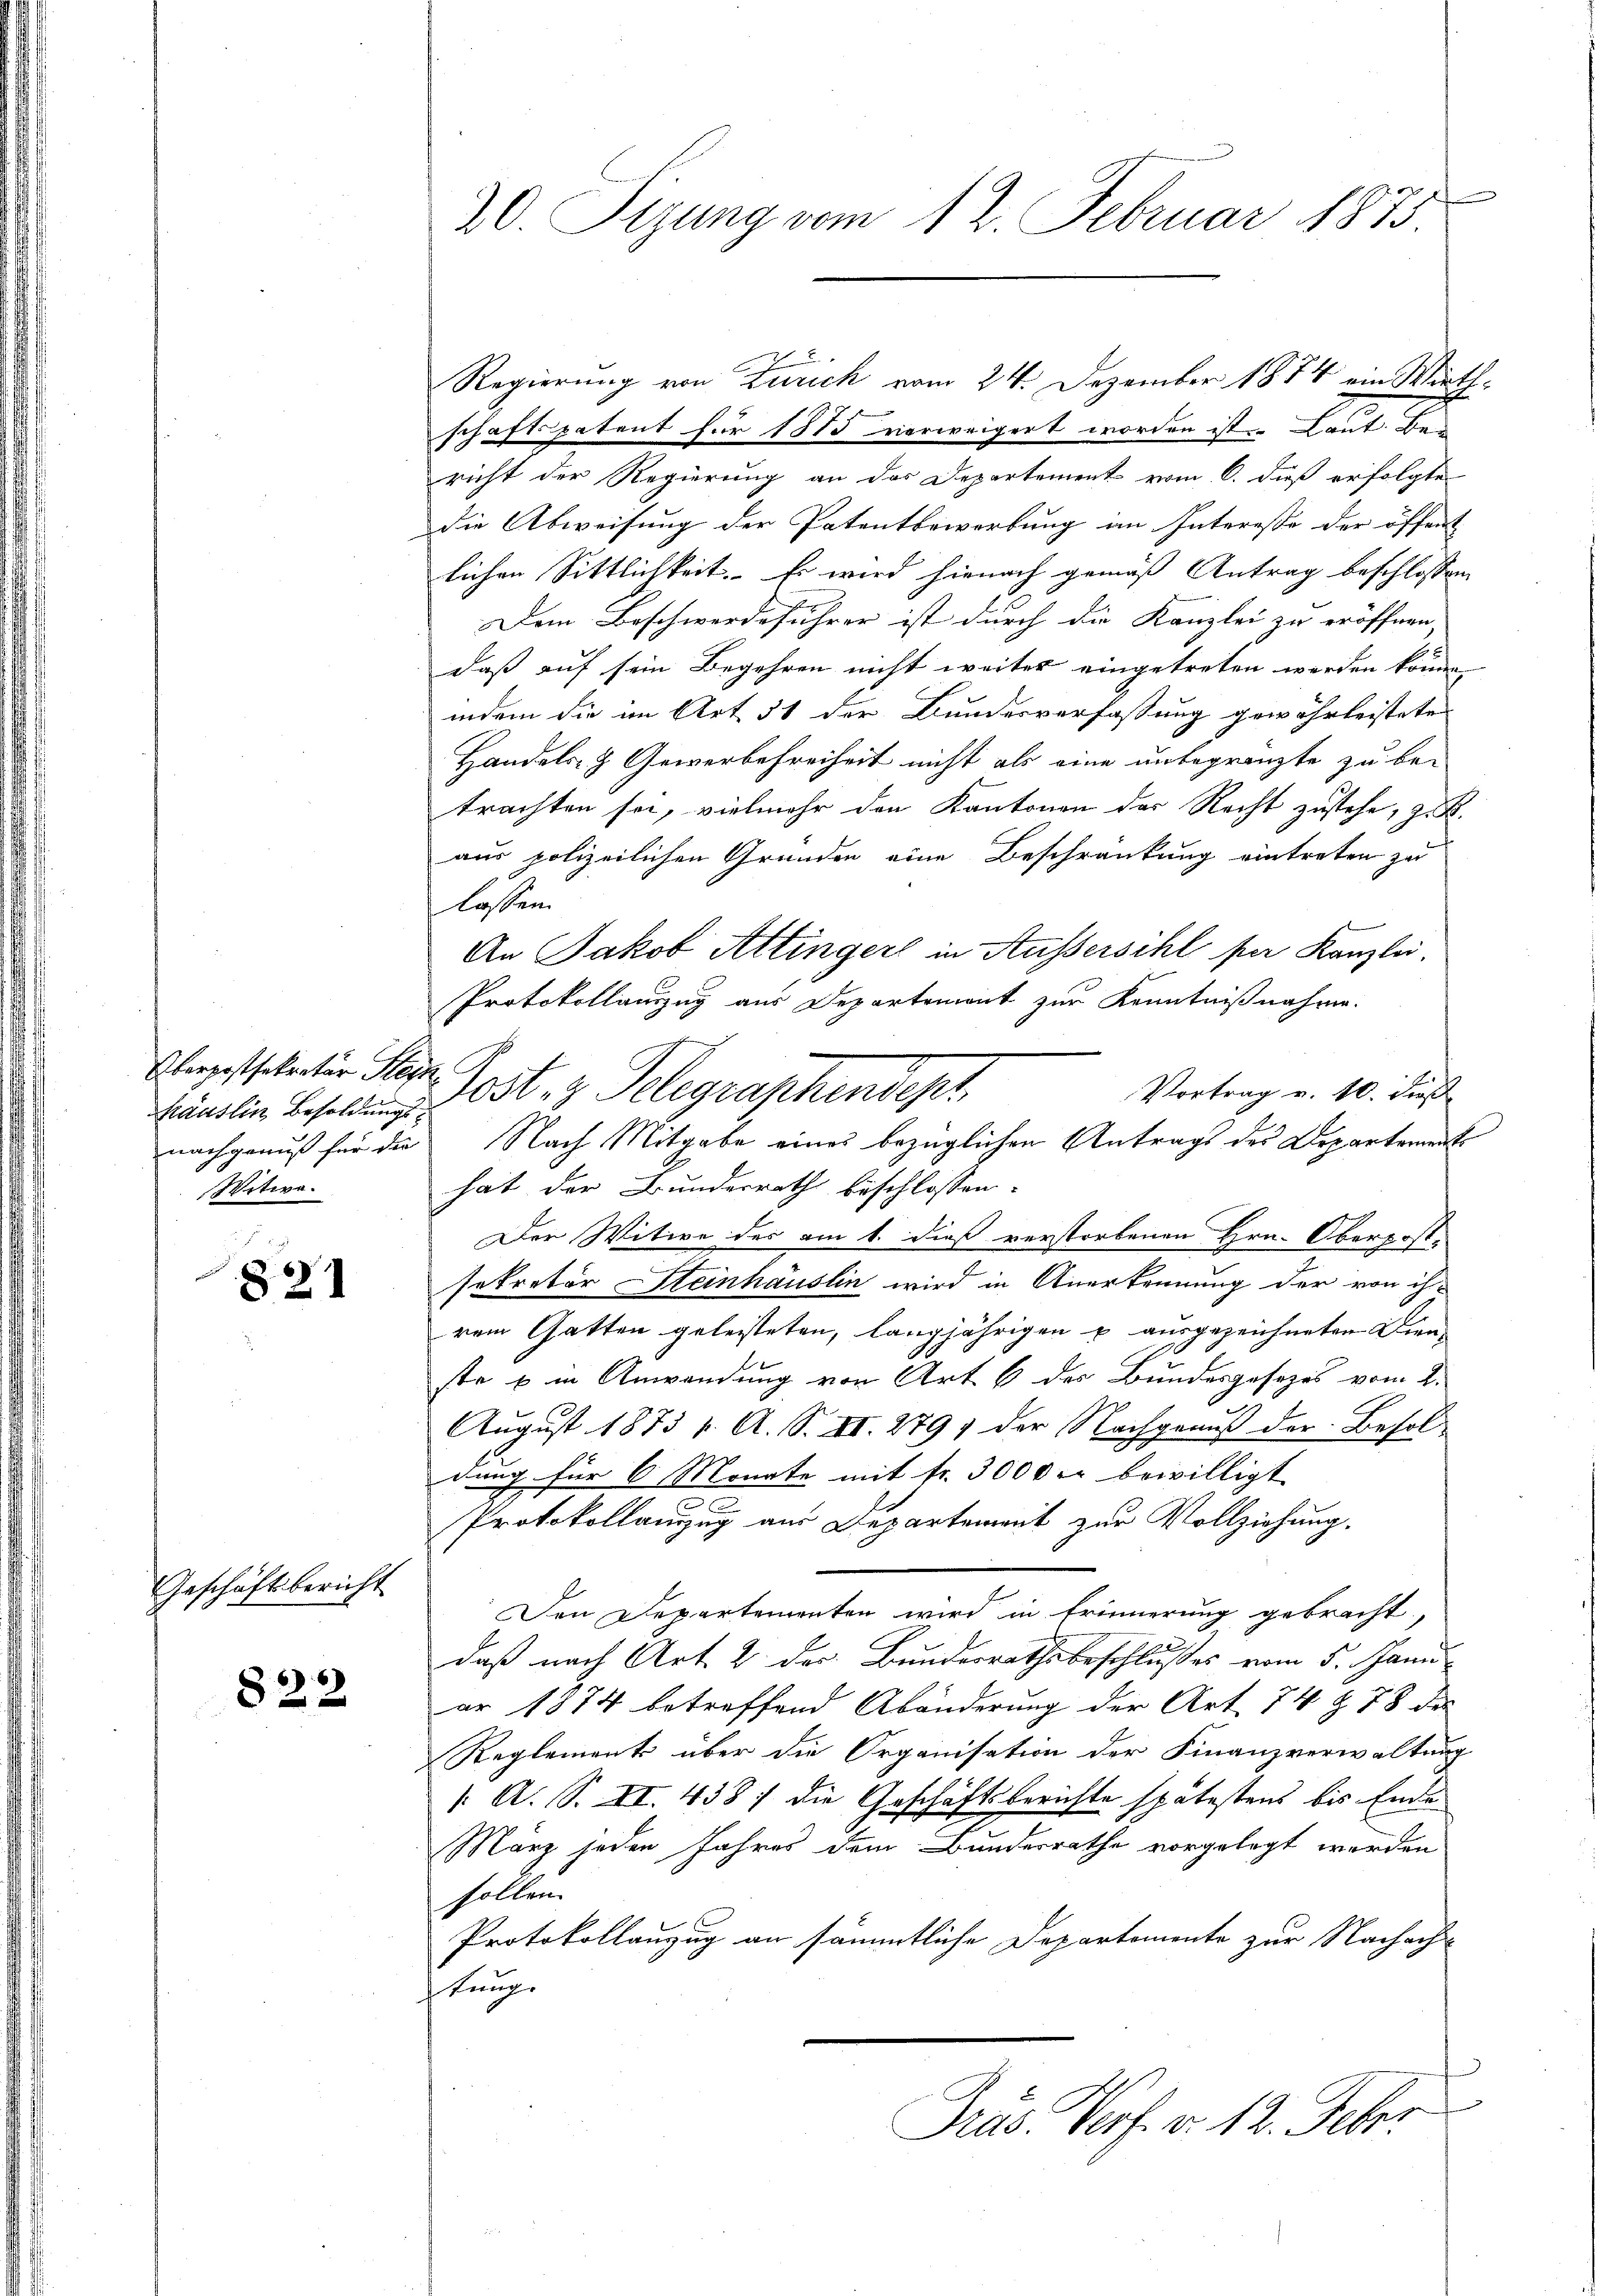
Häuslin Besoldungs¬
Witwe.

821

Geschäftsbericht

822

30. Sizung vom 12. Februar 1875.

Regierung von Zürich vom 24. Dezember 1874 ein Wirthschaft patent für 1875 verweigert worden ist. Laut Bericht der Regierung an das Departement vom 6. daß erfolgte
die Abweisung der Patentbewerbung im Interesse der öffent
lichen Sittlichkeit. Es wird hienach gemäß Antrag beschlossen,
Dem Beschwerdeführer ist durch die Kanzlei zu eröffnen
daß auf sein Begehren nicht weiter eingetreten werden könne,
indem die im Art 51 der Bundesverfassung gewährleistete
Handels- & Gewerbefreiheit nicht als eine unbegränzte zu be-
trachten sei, vielmehr den Kantonen der Recht zustehe, z. K.
aus polizeilichen Gründen eine Beschränkung eintreten zu
lossen.
An Jakob Attinger in Aussersihl für Kanzlei.
Protokollauszug aus Departement zur Kenntnißnahme.
Alngssitater Herr Post. g. Telegraphendept.
Vortrag v. 10. Fuß
hat der Bundesrath beschlossen:
Der Witwe des am 1. dieß verstorbenen Hrn. Oberpost-
sekretär Steinhäuslin wird in Anerkennung der von ihr
rem Gatten geleisteten, langjährigen u. ausgezeichneten Dienste u in Anwendung von Art 6 des Bundesgesezes vom 2.
August 1873 f. A. S. II. 279, der Nachgenuß der Besoldung für 6 Monate mit fr. 3000 er bewilligt.
Protokollanzug aus Departement zur Vollziehung.
Den Departementen wird in Erinnerung gebracht,
daß nach Art. 2 der Bundesrathsbeschlußes vom 5. Janu
ar 1874 betreffend Abänderung der Art. 74 § 78 des
Reglement über die Organisation der Finanzverwaltung
/. A. S. II. 438) die Geschäftsberichte spätestens bis Ende
März jeden Jahres dem Bundesrathe vorgelegt werden
holten.
Protokollanzug an sämmtliche Departemente zur Nachachtung
Prus. Verf. v. 12. Febr.

nachgenuß für die Nach Mitgabe eines bezüglichen Antrags des Departements